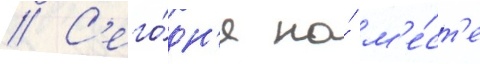
// С'его́дн'я на́ м'е́ст'е